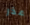
عذر